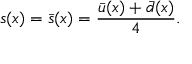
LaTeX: s ( x ) = \bar { s } ( x ) = \frac { \bar { u } ( x ) + \bar { d } ( x ) } { 4 } .